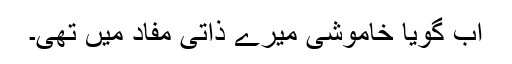
اب گویا خاموشی میرے ذاتی مفاد میں تھی۔